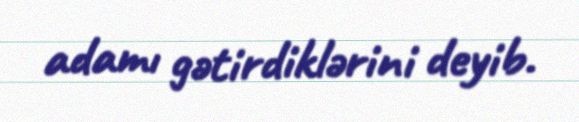
adamı gətirdiklərini deyib.